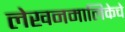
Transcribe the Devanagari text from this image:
लेखनमालिकेचे